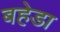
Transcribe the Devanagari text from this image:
बहेडा